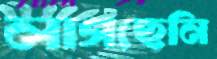
লাগছেনি